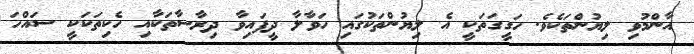
އާންމުވި ލިޔުންތަކެވެ. ހަގީގަތަކީ އެ ލިޔުންތަކުގަައި ހަވާލާ ދީފައިވާ ދިރާސާތަކާއި ހެކިތަކަކީ ސައްހަ